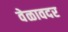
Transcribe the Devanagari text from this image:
वेळावदर